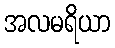
အလမရိယာ